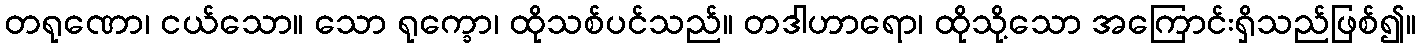
တရုဏော၊ ငယ်သော။ သော ရုက္ခော၊ ထိုသစ်ပင်သည်။ တဒါဟာရော၊ ထိုသို့သော အကြောင်းရှိသည်ဖြစ်၍။